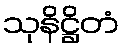
သုနိဋ္ဌိတံ